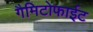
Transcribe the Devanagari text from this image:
गैमिटोफाईट